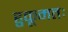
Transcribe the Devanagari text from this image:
हुकूमतः